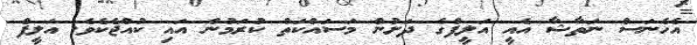
އެހެނަސް ނަތާޝާ އެއީ އަލީފްގެ ދަށުން މަސައްކަތް ކުރަމުން އައި ކުއްޖެކެވެ. އަލީފް